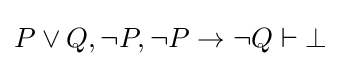
P\lor Q,\neg P,\neg P\to \neg Q\vdash \bot